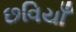
છવિયાઁ